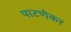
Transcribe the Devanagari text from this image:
पाटणेकर